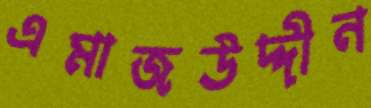
এমাজউদ্দীন